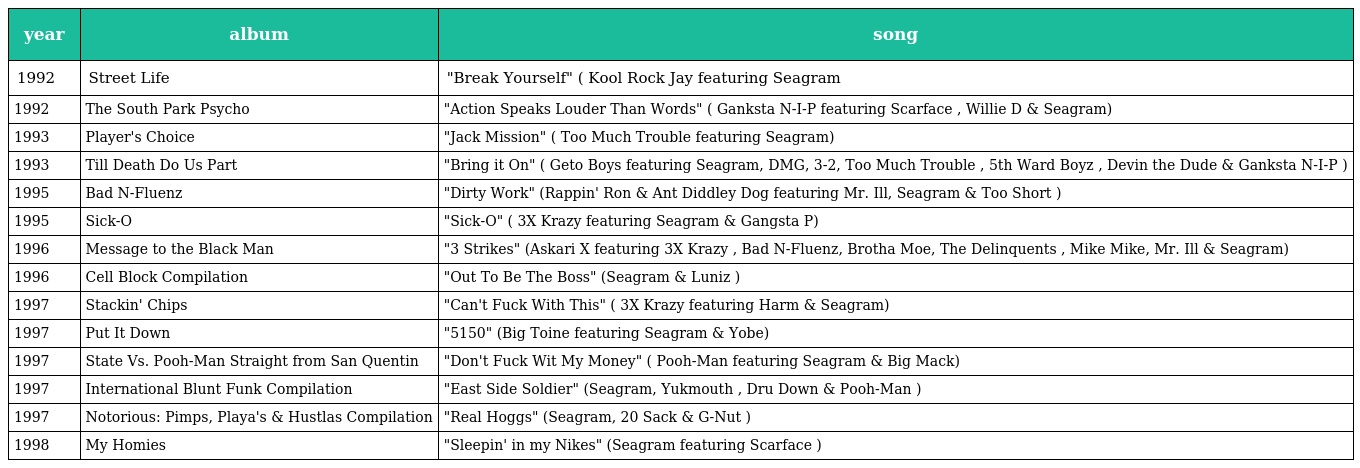
| year | album | song |
 | --- | --- | --- |
 | 1992 | Street Life | "Break Yourself" ( Kool Rock Jay featuring Seagram |
 | 1992 | The South Park Psycho | "Action Speaks Louder Than Words" ( Ganksta N-I-P featuring Scarface , Willie D & Seagram) |
 | 1993 | Player's Choice | "Jack Mission" ( Too Much Trouble featuring Seagram) |
 | 1993 | Till Death Do Us Part | "Bring it On" ( Geto Boys featuring Seagram, DMG, 3-2, Too Much Trouble , 5th Ward Boyz , Devin the Dude & Ganksta N-I-P ) |
 | 1995 | Bad N-Fluenz | "Dirty Work" (Rappin' Ron & Ant Diddley Dog featuring Mr. Ill, Seagram & Too Short ) |
 | 1995 | Sick-O | "Sick-O" ( 3X Krazy featuring Seagram & Gangsta P) |
 | 1996 | Message to the Black Man | "3 Strikes" (Askari X featuring 3X Krazy , Bad N-Fluenz, Brotha Moe, The Delinquents , Mike Mike, Mr. Ill & Seagram) |
 | 1996 | Cell Block Compilation | "Out To Be The Boss" (Seagram & Luniz ) |
 | 1997 | Stackin' Chips | "Can't Fuck With This" ( 3X Krazy featuring Harm & Seagram) |
 | 1997 | Put It Down | "5150" (Big Toine featuring Seagram & Yobe) |
 | 1997 | State Vs. Pooh-Man Straight from San Quentin | "Don't Fuck Wit My Money" ( Pooh-Man featuring Seagram & Big Mack) |
 | 1997 | International Blunt Funk Compilation | "East Side Soldier" (Seagram, Yukmouth , Dru Down & Pooh-Man ) |
 | 1997 | Notorious: Pimps, Playa's & Hustlas Compilation | "Real Hoggs" (Seagram, 20 Sack & G-Nut ) |
 | 1998 | My Homies | "Sleepin' in my Nikes" (Seagram featuring Scarface ) |